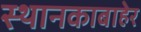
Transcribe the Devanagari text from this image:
स्थानकाबाहेर